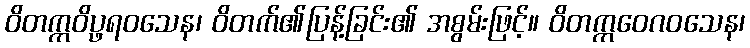
ဝိတက္ကဝိပ္ဖရဝသေန၊ ဝိတက်၏ပြန့်ခြင်း၏ အစွမ်းဖြင့်။ ဝိတက္ကဝေဂဝသေန၊